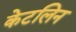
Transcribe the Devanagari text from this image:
केटलिन